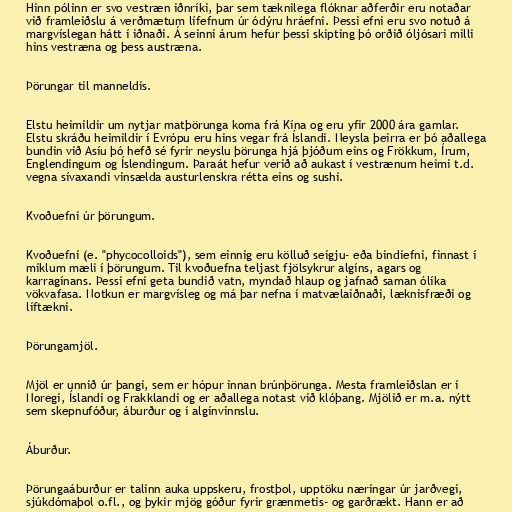
Hinn pólinn er svo vestræn iðnríki, þar sem tæknilega flóknar aðferðir eru notaðar
við framleiðslu á verðmætum lífefnum úr ódýru hráefni. Þessi efni eru svo notuð á
margvíslegan hátt í iðnaði. Á seinni árum hefur þessi skipting þó orðið óljósari milli
hins vestræna og þess austræna.

Þörungar til manneldis.

Elstu heimildir um nytjar matþörunga koma frá Kína og eru yfir 2000 ára gamlar.
Elstu skráðu heimildir í Evrópu eru hins vegar frá Íslandi. Neysla þeirra er þó aðallega
bundin við Asíu þó hefð sé fyrir neyslu þörunga hjá þjóðum eins og Frökkum, Írum,
Englendingum og Íslendingum. Þaraát hefur verið að aukast í vestrænum heimi t.d.
vegna sívaxandi vinsælda austurlenskra rétta eins og sushi.

Kvoðuefni úr þörungum.

Kvoðuefni (e. "phycocolloids"), sem einnig eru kölluð seigju- eða bindiefni, finnast í
miklum mæli í þörungum. Til kvoðuefna teljast fjölsykrur algíns, agars og
karragínans. Þessi efni geta bundið vatn, myndað hlaup og jafnað saman ólíka
vökvafasa. Notkun er margvísleg og má þar nefna í matvælaiðnaði, læknisfræði og
líftækni.

Þörungamjöl.

Mjöl er unnið úr þangi, sem er hópur innan brúnþörunga. Mesta framleiðslan er í
Noregi, Íslandi og Frakklandi og er aðallega notast við klóþang. Mjölið er m.a. nýtt
sem skepnufóður, áburður og í algínvinnslu.

Áburður.

Þörungaáburður er talinn auka uppskeru, frostþol, upptöku næringar úr jarðvegi,
sjúkdómaþol o.fl., og þykir mjög góður fyrir grænmetis- og garðrækt. Hann er að